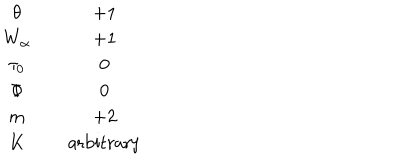
LaTeX: \begin{matrix} { { \theta } } & { { } } & { { + 1 } } \\ { { W _ { \alpha } } } & { { } } & { { + 1 } } \\ { { \tau _ { 0 } } } & { { } } & { { 0 } } \\ { { \Phi } } & { { } } & { { 0 } } \\ { { m } } & { { } } & { { + 2 } } \\ { { K } } & { { } } & { { \mathrm { a r b i t r a r y } } } \\ \end{matrix}